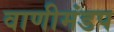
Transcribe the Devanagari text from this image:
वाणीमंडप